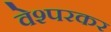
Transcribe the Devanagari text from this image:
वेश्परकर